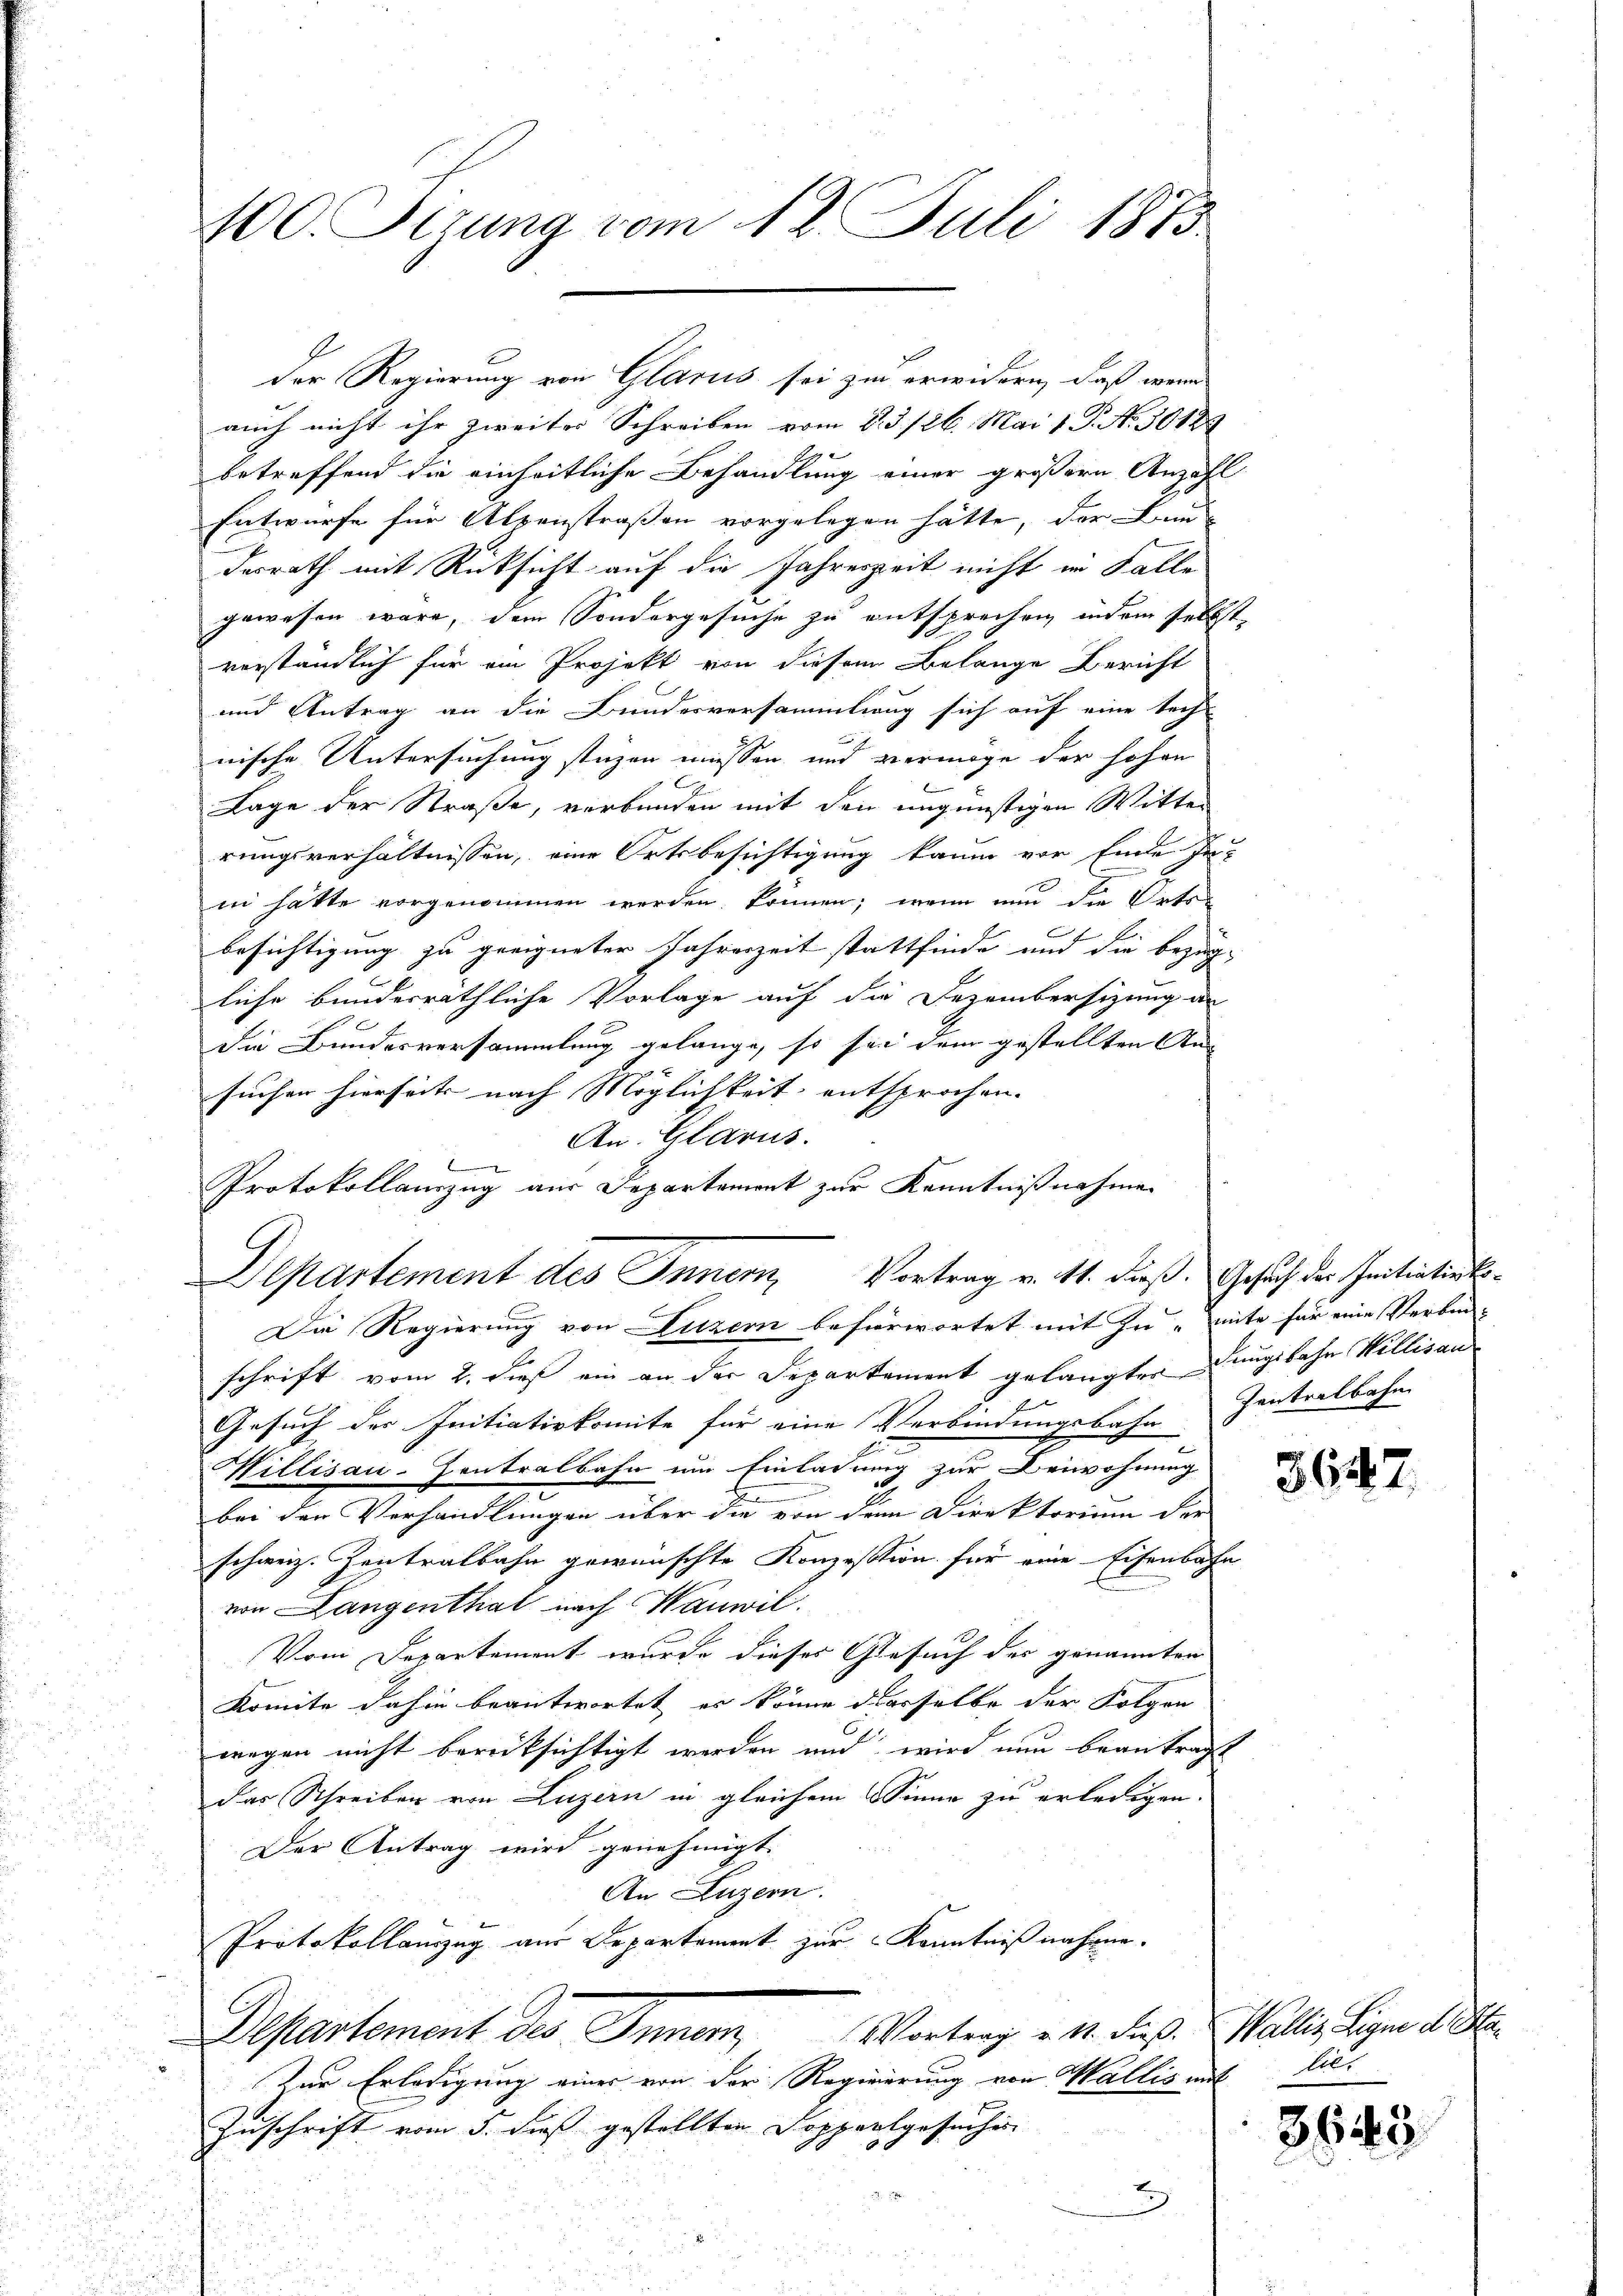
100. Sezung vom 12. Juli 1875

auch nicht ihr zweiter Schreiben vom 2. 3./26. Mai 1 P. No 30125
betreffend die einheitliche Behandlung einer größern Anzahl
Entwürfe für Alpenstraßen vorgelegen hätte, der Bun-
desrath mit Rücksicht auf die Jahreszeit nicht im Falle
gewesen wäre, dem Sondergesuche zu entsprechen, indem selbst
verständlich für ein Projekt von diesem Belange Bericht
und Antrag an die Bundesversammlung sich auf eine tech

nische Untersuchung stüzen müssen, und vermöge der hohen
Lage der Straße, verbunden mit den ungünstigen Witter
rungsverhältnissen, eine Ortsbesichtigung kaum vor Ende Inin hätte vorgenommen werden können; wenn nun die Orts-
besichtigung zu geeigneter Jahreszeit stattfinde und die bezügliche bundesräthliche Vorlage auf die Dezembersizung an
Die Bundesversammlung gelange, so sei dem gestellten An-
suchen hierseits nach Möglichkeit entsprochen. |
An. Glarus.
Die Regierung von Luzern befürwortet mit zu mite für eine Verbin-
schrift vom 2. dieß ein an der Departement gelangter Dungsbahn Willisau
Gesuch der Initiativkomite für eine Verbindungsbahn Zentralbahn
Willisau-Zentralbahn um Einladung zur Beiwohnung
bei den Verhandlungen über die von dem Direktorium der
schweiz. Zentralbahn gewünschte Konzession für eine Eisenbahn
von Langenthal nach Wauwil.
Vom Departement wurde dieses Gesuch der genannten
Komite dahin beantwortet, es könne desselbe der Folgen
wegen nicht berücksichtigt werden und wird nun beantragt
das Schreiben von Luzern in gleichem Sinne zu erledigen.
Der Antrag wird genehmigt.
An Luzern.
Protokollauszug aus Departement zur Kenntniß nahme.
Departement des Inner, Vortrag v. M. daß Wallis, ligen d. M.
Zur Erledigung einer von der Regierung von Wallis mit lie¬
Zuschrift vom 5. dieß gestellten Doppertgesuches
2)

Der Regierung von Glarus sei zu erwidern, daß wenn

Protokollanzug aus Departement zur Kenntnißnahmen
Departement des Innern, Vortrag v. M. dieß. Gesuch der Initiations¬

3647.

3645